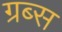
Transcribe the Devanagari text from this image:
ग्रब्स